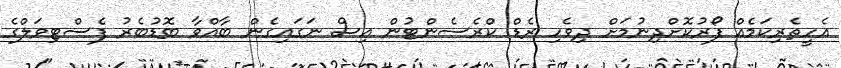
އެހީތެރިކަމެއް ފޯރުކޮށްދިނުމަށް ދިވެހި ރެޑް ކްރެސެންޓުން އިސް ނަގައިގެން ބާއްވާ ބޮޑުބެރު ފެސްޓިވަލްގެ